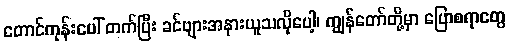
တောင်ကုန်းပေါ် တက်ပြီး ခင်ဗျားအနားယူသလိုပေါ့၊ ကျွန်တော်တို့မှာ ပြောစရာတွေ